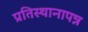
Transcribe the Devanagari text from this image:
प्रतिस्थानापन्न